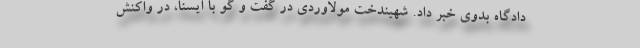
دادگاه بدوی خبر داد. شهیندخت مولاوردی در گفت و گو با ایسنا، در واکنش